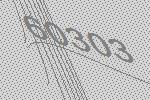
60303